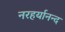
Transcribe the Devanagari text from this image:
नरहर्यानन्द